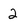
Character: 2